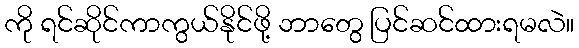
ကို ရင်ဆိုင်ကာကွယ်နိုင်ဖို့ ဘာတွေ ပြင်ဆင်ထားရမလဲ။